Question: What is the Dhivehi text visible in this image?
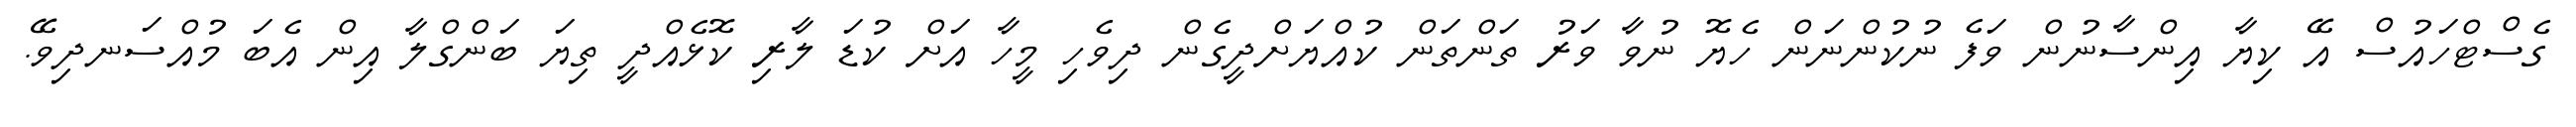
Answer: ގެސްޓްހައުސް އޭ ކިޔާ އިންސާނުން ވަފެ ނުކުންނަން ހެޔޮ ނުވާ ވަރު ތަންތަން ކުއްޔަށްދީގެން ދިވެހި މީހާ އަށް ކުޑަ ލާރި ކޮޅެއްދީ ތިޔަ ބަންގްލާ އިން އެބަ މުއްސަނދިވޭ.